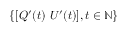
\{ [ Q ^ { \prime } ( t ) ~ U ^ { \prime } ( t ) ] , t \in \mathbb { N } \}